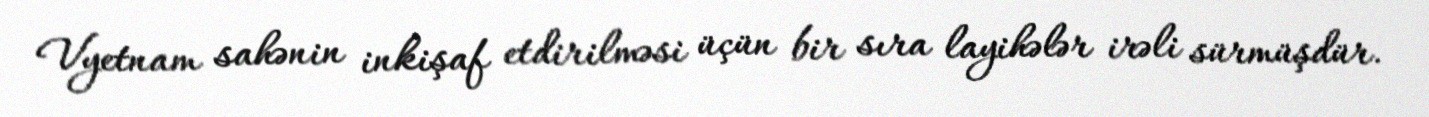
Vyetnam sahənin inkişaf etdirilməsi üçün bir sıra layihələr irəli sürmüşdür.